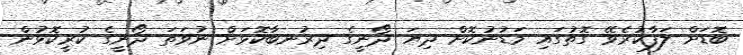
ބޮޑަށް ލަފާކުރެވޭ ގޮތުގައި މަޑުނުކޮށް ދިޔަ ދޯނީގެ ދިރުނބާކޮޅަށް ނުވަތަ ދޯނީގެ ކުރީކޮޅުން